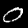
Digit: 0